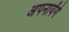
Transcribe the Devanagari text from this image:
अपनायेंगे